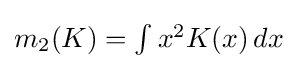
{\textstyle m_{2}(K)=\int x^{2}K(x)\,dx}